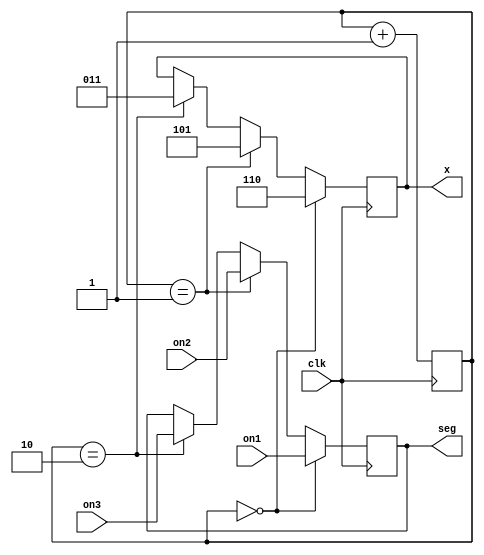
`timescale 1ns / 1ps
//////////////////////////////////////////////////////////////////////////////////
// Company: 
// Engineer: 
// 
// Design Name: 
// Module Name:    display 
// Project Name: 
// Target Devices: 
// Tool versions: 
// Description: 
//
// Dependencies: 
//
// Revision: 
// Revision 0.01 - File Created
// Additional Comments: 
//
//////////////////////////////////////////////////////////////////////////////////
module display(clk,seg,on1,on2,on3,x);
input clk;
reg [2:0]selec;
output reg [6:0]seg;
input [6:0] on1,on2,on3;
output reg[2:0]x;

always@(posedge clk)
begin
if(selec==3'd0)
begin seg=on1;x=3'b110;
end

else if(selec==3'd1)
begin seg=on2;x=3'b101;
end

else if(selec==3'd2)
begin seg=on3;x=3'b011;
end


selec=selec+1'b1; 

end

endmodule